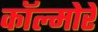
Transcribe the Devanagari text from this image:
कॉल्मोरे